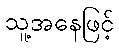
သူ့အနေဖြင့်